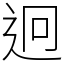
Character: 迥